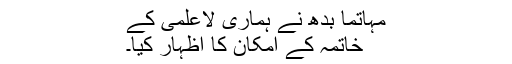
مہاتما بدھ نے ہماری لاعلمی کے
خاتمہ کے امکان کا اظہار کیا۔